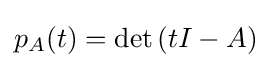
p_{A}(t)=\det \left(tI-A\right)